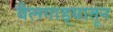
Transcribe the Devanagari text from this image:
बैलगाड्यातून